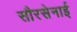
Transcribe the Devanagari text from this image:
सौरसेनाई